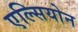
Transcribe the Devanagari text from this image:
एल्सियोन